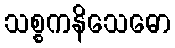
သစ္စကနိသေဓော